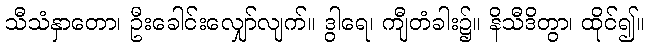
သီသံနှာတော၊ ဦးခေါင်းလျှော်လျက်။ ဒွါရေ၊ ကျီတံခါး၌။ နိသီဒိတွာ၊ ထိုင်၍။